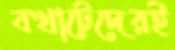
বখাটেদেরই